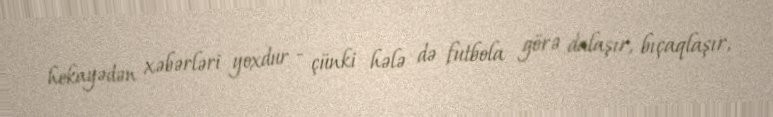
hekayədən xəbərləri yoxdur - çünki hələ də futbola görə dalaşır, bıçaqlaşır,